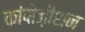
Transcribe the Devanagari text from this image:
कांपोज़ीशन